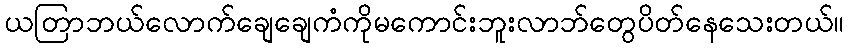
ယတြာဘယ်လောက်ချေချေကံကိုမကောင်းဘူးလာဘ်တွေပိတ်နေသေးတယ်။